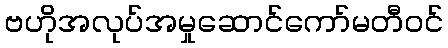
ဗဟိုအလုပ်အမှုဆောင်ကော်မတီဝင်